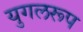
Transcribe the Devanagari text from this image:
युगलरूप